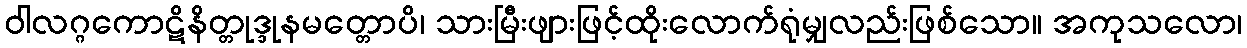
ဝါလဂ္ဂကောဋိနိတ္တုဒ္ဒုနမတ္တောပိ၊ သားမြီးဖျားဖြင့်ထိုးလောက်ရုံမျှလည်းဖြစ်သော။ အကုသလော၊